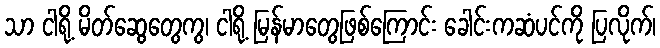
သာ ငါရို့ မိတ်ဆွေတွေကွ၊ ငါရို့ မြန်မာတွေဖြစ်ကြောင်း ခေါင်းကဆံပင်ကို ပြလိုက်၊